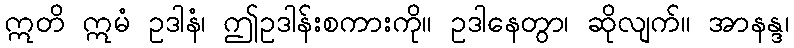
ဣတိ ဣမံ ဥဒါနံ၊ ဤဥဒါန်းစကားကို။ ဥဒါနေတွာ၊ ဆိုလျက်။ အာနန္ဒ၊